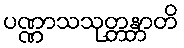
ပဏ္ဏာသသုတ္တန္တာတိ